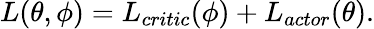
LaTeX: L(\theta,\phi)=L_{critic}(\phi)+L_{actor}(\theta).